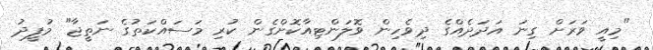
"މިއީ ވަރަށް ގިނަ އަދަދެއްގެ ދިވެހިން ވޮލަންޓިއާކޮށްގެން ކުރި މަސައްކަތުގެ ނަތީޖާ" މުފީދު